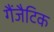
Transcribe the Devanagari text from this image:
गैंजैटिक